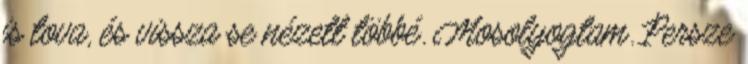
is tova, és vissza se nézett többé. Mosolyogtam. Persze